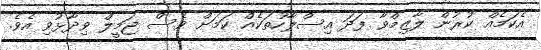
އެކަމެއް ކުރުން ލާޒިމްވާ ފަދަ އިސްލާހުތަކެއް ކަމަށް ވެސް ޖަމީލް ވިދާޅުވި އެވެ.